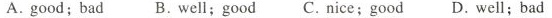
A. good; bad B. Well; good C. Nice; good D. Well; bad